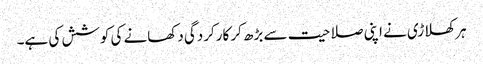
ہر کھلاڑی نے اپنی صلاحیت سے بڑھ کر کارکردگی دکھانے کی کوشش کی ہے۔